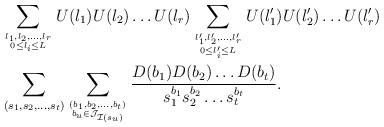
LaTeX: \begin{align*}&\sum_{l_1,l_2,\dots, l_r \atop {0 \leq l_i \leq L}}U(l_1)U(l_2)\dots U(l_r) \sum_{l_1',l_2',\dots, l_r' \atop {0 \leq l_i' \leq L}}U(l_1')U(l_2')\dots U(l_r')\\&\sum_{(s_1,s_2,\dots ,s_{t})}\sum_{(b_1,b_2,\dots,b_{t}) \atop {b_u \in \mathcal J_{\mathcal I(s_u)}}}\frac{D(b_1)D(b_2)\dots D(b_{t})}{s_1^{b_1}s_2^{b_2}\dots s_{t}^{b_{t}}}.\end{align*}